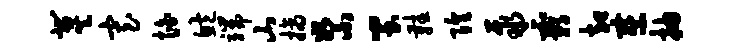
冀寡怕鲍端山摘絮蚩鞋隍聚霸却察抽